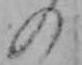
の